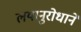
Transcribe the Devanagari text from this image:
लयानुरोधाने